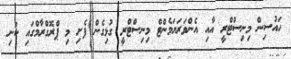
ހައުސިން މިނިސްޓްރީ އާއި އެންވަރަޔަމެންޓް މިނިސްޓްރީ ގުޅިގެން ފެށި މި ޕްރޮގްރާމްގައި ކުނި